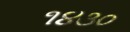
૧૪૩૦